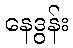
နေဒွန်း